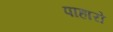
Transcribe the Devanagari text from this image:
पाहारो